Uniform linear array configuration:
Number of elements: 4
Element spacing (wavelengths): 0.75
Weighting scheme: exponential
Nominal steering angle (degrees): -45
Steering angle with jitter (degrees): -43.294
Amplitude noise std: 0.05
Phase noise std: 0.05

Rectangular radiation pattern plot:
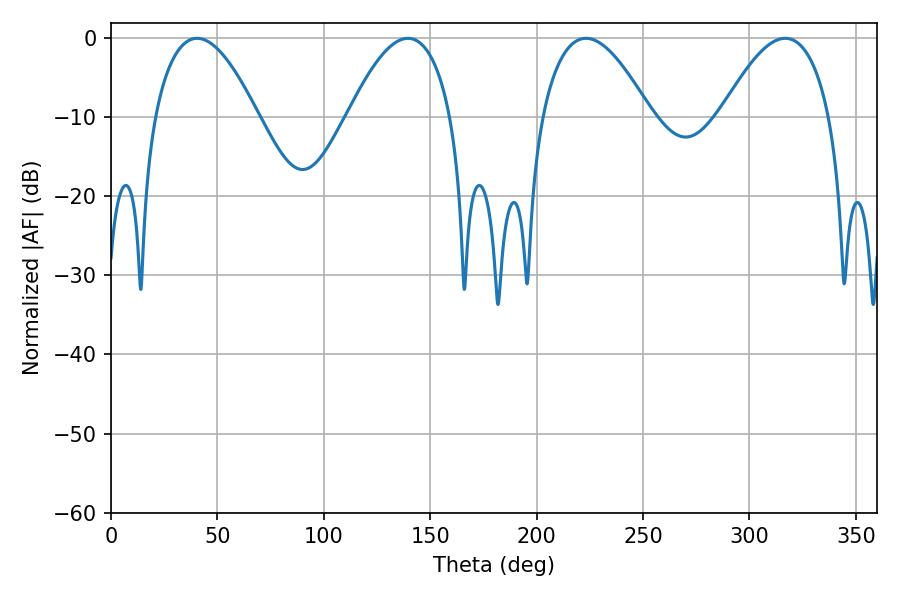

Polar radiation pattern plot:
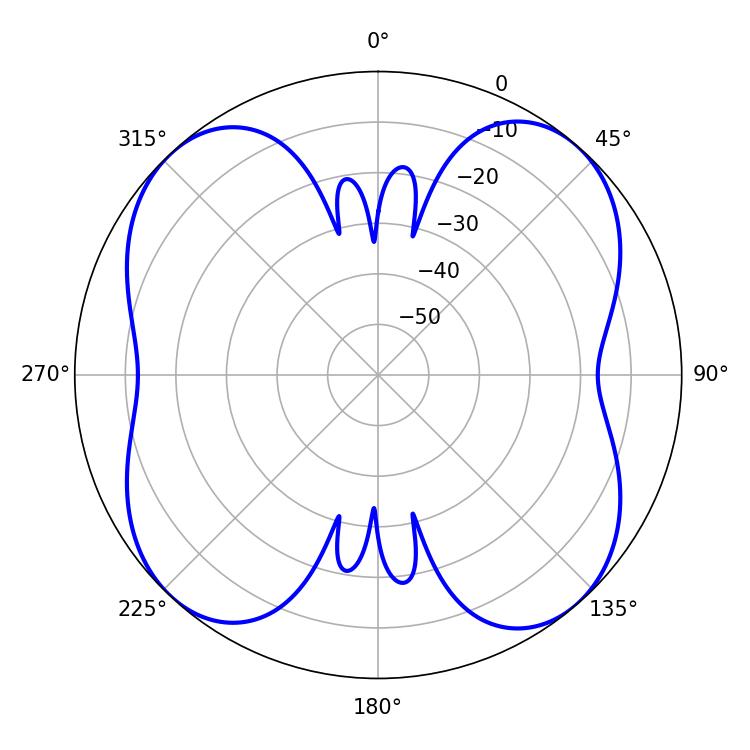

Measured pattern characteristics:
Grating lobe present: TRUE
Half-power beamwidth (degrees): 28.08
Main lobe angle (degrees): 223.2